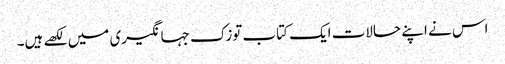
اس نے اپنے حالات ایک کتاب توزک جہانگیری میں لکھے ہیں۔